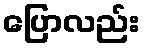
ပြောလည်း